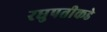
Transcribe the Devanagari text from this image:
रघुपतीकडे